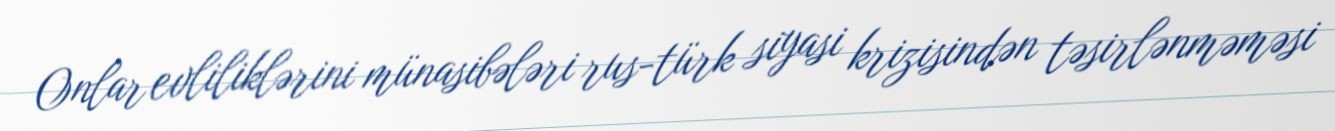
Onlar evliliklərini münasibələri rus-türk siyasi krizisindən təsirlənməməsi